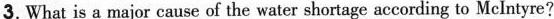
3. What is a major cause of the water shortage according to Mclntyre?